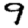
Digit: 9